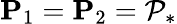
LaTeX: \mathbf{P}_{1}=\mathbf{P}_{2}=\mathcal{P}_{*}